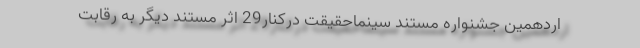
اردهمین جشنواره مستند سینماحقیقت درکنار29 اثر مستند دیگر به رقابت